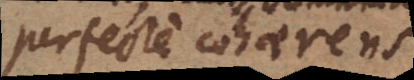
perfecte cohaerens;